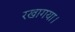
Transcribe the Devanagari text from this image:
रखागया।